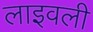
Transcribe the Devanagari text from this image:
लाइवली